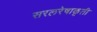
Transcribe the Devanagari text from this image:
सरलरेषाकृती